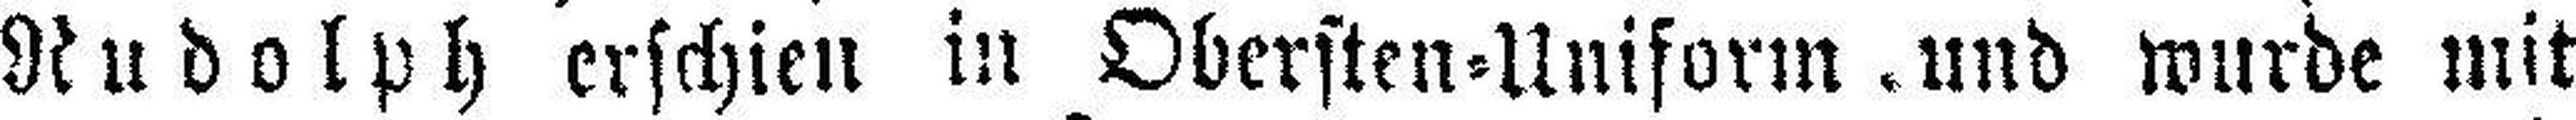
Rudolph erschien in Obersten=Uniform und wurde mit